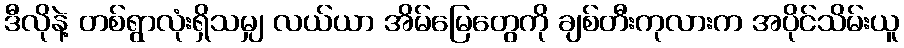
ဒီလိုနဲ့ တစ်ရွာလုံးရှိသမျှ လယ်ယာ အိမ်မြေတွေကို ချစ်တီးကုလားက အပိုင်သိမ်းယူ